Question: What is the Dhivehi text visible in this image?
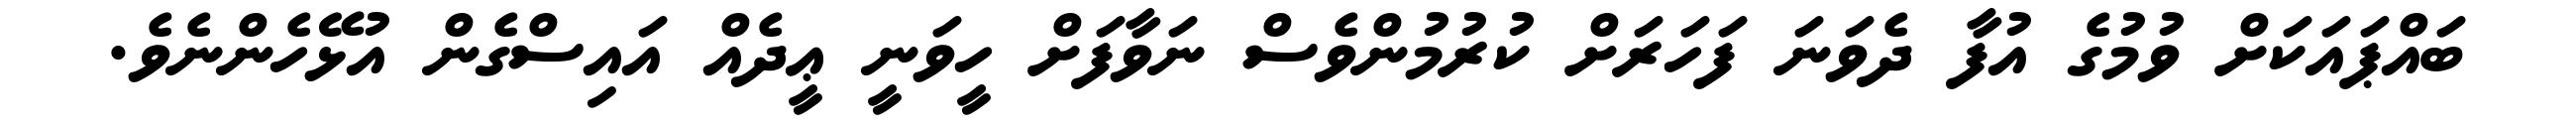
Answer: ބައްޕައަކަށް ވުމުގެ އުފާ ދެވަނަ ފަހަރަށް ކުރުމުންވެސް ނަވާފަށް ހީވަނީ ޢީދެއް އައިސްގެން އުޅޭހެންނެވެ.